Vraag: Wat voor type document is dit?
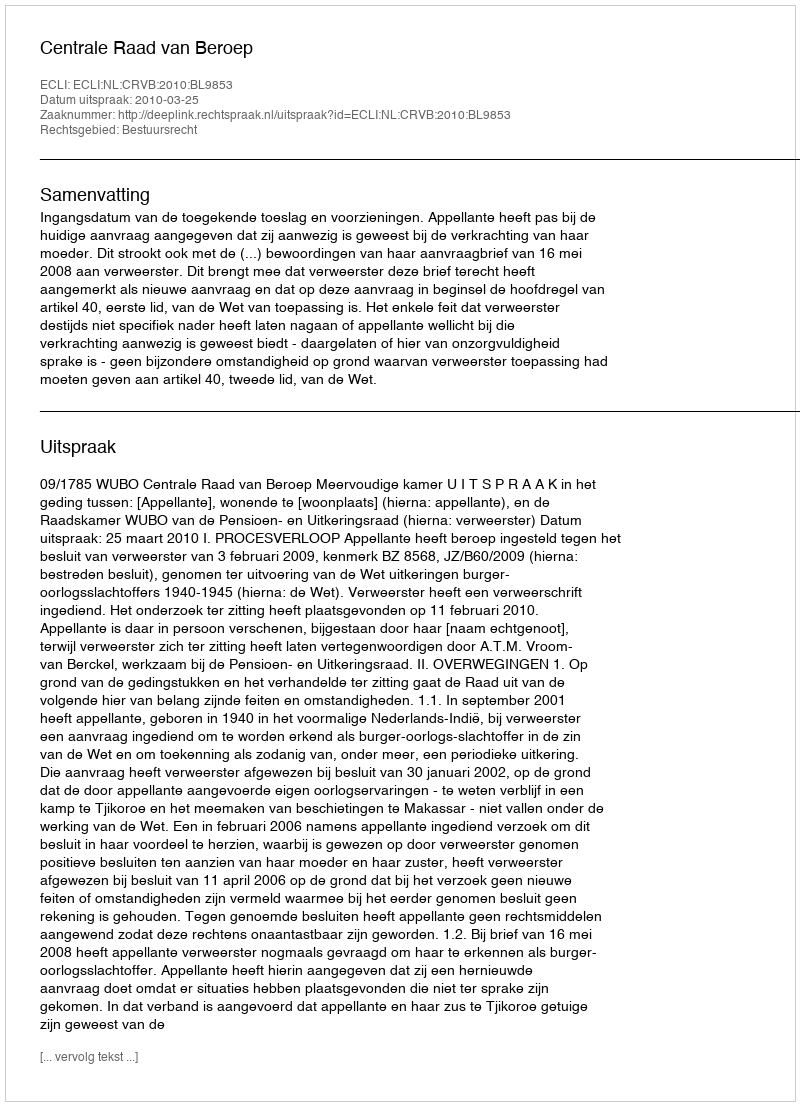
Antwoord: Uitspraak